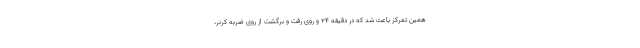
همین تمرکز باعث شد که در دقیقه ۲۴ و روی رفت و برگشت از روی ضربه کرنر،